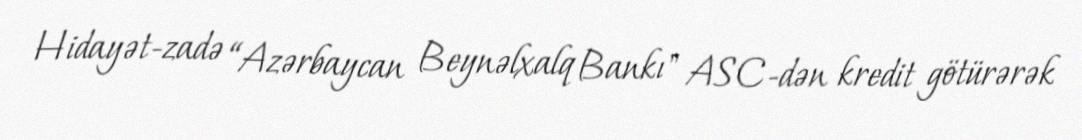
Hidayət-zadə “Azərbaycan Beynəlxalq Bankı" ASC-dən kredit götürərək